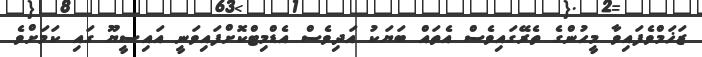
ޒަޚަމްވެފައިވާ މީހުންގެ ތެރޭގައިވެސް އެތައް ބަޔަކު އަދިވެސް އެޑްމިޓްކޮށްފައިވަނީ އައިސީޔޫ ގައި ކަމަށްވެ